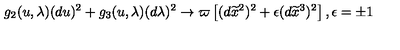
g _ { 2 } ( u , \lambda ) ( d u ) ^ { 2 } + g _ { 3 } ( u , \lambda ) ( d \lambda ) ^ { 2 } \rightarrow \varpi \left[ ( d \widetilde { x } ^ { 2 } ) ^ { 2 } + \epsilon ( d \widetilde { x } ^ { 3 } ) ^ { 2 } \right] , \epsilon = \pm 1